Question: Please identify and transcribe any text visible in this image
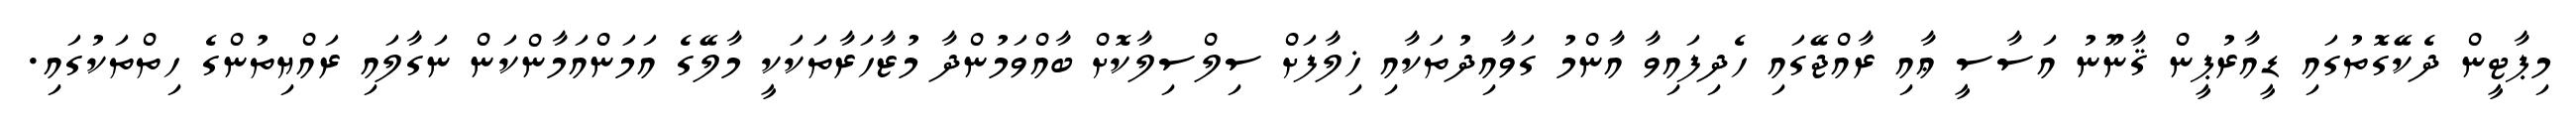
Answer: މިޕާޓީން ދެކޭގޮތުގައި ޑީއާރުޕީން ޤާނޫނު އަސާސީ ޢާއި ރާއްޖޭގައި ހެދިފައިވާ އާންމު ގަވާއިދުތަކާއި ޚިލާފަށް ސިލްސިލާކޮށް ބާއްވަމުންދާ މުޒާހަރާތަކަކީ މާލޭގެ އަމަންއަމާންކަން ނަގާލައި ރައްޔިތުންގެ ހިތްތަކުގައި.